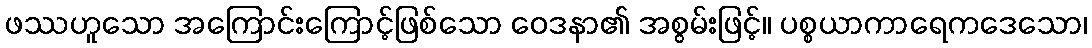
ဖဿဟူသော အကြောင်းကြောင့်ဖြစ်သော ဝေဒနာ၏ အစွမ်းဖြင့်။ ပစ္စယာကာရေကဒေသော၊